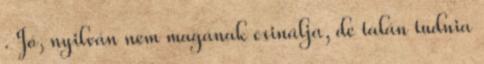
. Jó, nyilván nem magának csinálja, de talán tudnia